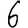
Digit: 6